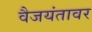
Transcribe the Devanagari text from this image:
वैजयंतावर